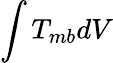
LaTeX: \int T_{mb}dV